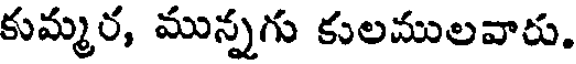
కుమ్మర, మున్నగు కులములవారు.